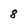
Character: 8